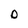
Character: D